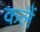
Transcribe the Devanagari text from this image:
कलैं